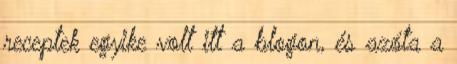
receptek egyike volt itt a blogon, és azóta a